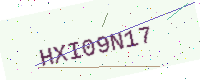
Text: HXI09N17